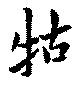
牲